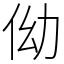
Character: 㑃